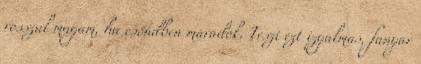
rosszul magam, ha csöndben maradok. Teszi ezt izgalmas, fanyar